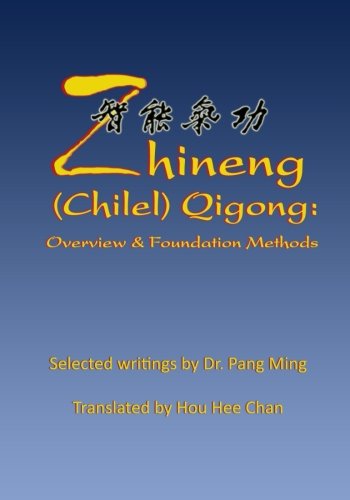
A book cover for Zhineng (Chilel) Qigong: Overview and Foundation Methods; Hou Hee Chan; Health, Fitness & Dieting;